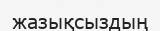
жазықсыздың